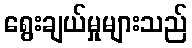
ရွေးချယ်မှုများသည်